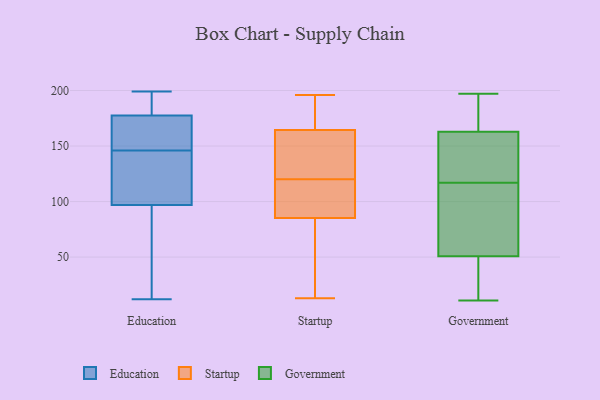
{"axis": {"x": "Temperature (°C)", "y": "Value"}, "legend": ["Education", "Government", "Startup"], "data": [{"x": "", "y": 76, "type": "Education"}, {"x": "", "y": 96, "type": "Education"}, {"x": "", "y": 156, "type": "Education"}, {"x": "", "y": 196, "type": "Education"}, {"x": "", "y": 170, "type": "Education"}, {"x": "", "y": 100, "type": "Education"}, {"x": "", "y": 151, "type": "Education"}, {"x": "", "y": 146, "type": "Education"}, {"x": "", "y": 12, "type": "Education"}, {"x": "", "y": 27, "type": "Education"}, {"x": "", "y": 199, "type": "Education"}, {"x": "", "y": 180, "type": "Education"}, {"x": "", "y": 182, "type": "Education"}, {"x": "", "y": 39, "type": "Education"}, {"x": "", "y": 128, "type": "Education"}, {"x": "", "y": 108, "type": "Education"}, {"x": "", "y": 127, "type": "Education"}, {"x": "", "y": 184, "type": "Education"}, {"x": "", "y": 159, "type": "Education"}, {"x": "", "y": 129, "type": "Startup"}, {"x": "", "y": 138, "type": "Startup"}, {"x": "", "y": 105, "type": "Startup"}, {"x": "", "y": 111, "type": "Startup"}, {"x": "", "y": 13, "type": "Startup"}, {"x": "", "y": 147, "type": "Startup"}, {"x": "", "y": 186, "type": "Startup"}, {"x": "", "y": 196, "type": "Startup"}, {"x": "", "y": 177, "type": "Startup"}, {"x": "", "y": 160, "type": "Startup"}, {"x": "", "y": 43, "type": "Startup"}, {"x": "", "y": 89, "type": "Startup"}, {"x": "", "y": 120, "type": "Startup"}, {"x": "", "y": 29, "type": "Startup"}, {"x": "", "y": 166, "type": "Startup"}, {"x": "", "y": 166, "type": "Startup"}, {"x": "", "y": 53, "type": "Startup"}, {"x": "", "y": 118, "type": "Startup"}, {"x": "", "y": 84, "type": "Startup"}, {"x": "", "y": 197, "type": "Government"}, {"x": "", "y": 181, "type": "Government"}, {"x": "", "y": 92, "type": "Government"}, {"x": "", "y": 53, "type": "Government"}, {"x": "", "y": 98, "type": "Government"}, {"x": "", "y": 11, "type": "Government"}, {"x": "", "y": 162, "type": "Government"}, {"x": "", "y": 181, "type": "Government"}, {"x": "", "y": 43, "type": "Government"}, {"x": "", "y": 117, "type": "Government"}, {"x": "", "y": 43, "type": "Government"}, {"x": "", "y": 165, "type": "Government"}, {"x": "", "y": 44, "type": "Government"}, {"x": "", "y": 94, "type": "Government"}, {"x": "", "y": 153, "type": "Government"}, {"x": "", "y": 125, "type": "Government"}, {"x": "", "y": 128, "type": "Government"}]}